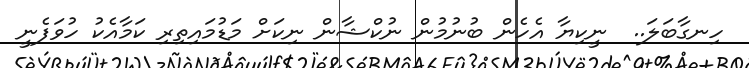
ހިނގާބަލަ..  ނީކިޔާ އެހެން ބުނުމުން ނުކްޝާން ނިކަށް މަޑުމައިތިރި ކަމާއެކު ހުވަފެނީ